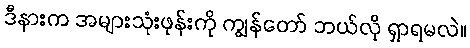
ဒီနားက အများသုံးဖုန်းကို ကျွန်တော် ဘယ်လို ရှာရမလဲ။